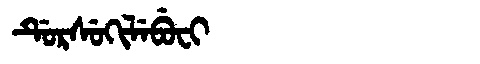
Manchu: ᡩᡠᡵᠰᡠᡴᡳᠯᡝᠪᡠᠸᡳ
Romanization: DURSUKILEBUFI